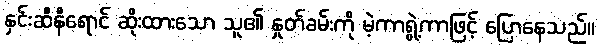
နှင်းဆီနီရောင် ဆိုးထားသော သူ၏ နှုတ်ခမ်းကို မဲ့ကာရွဲ့ကာဖြင့် ပြောနေသည်။